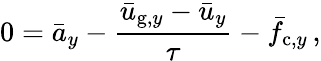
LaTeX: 0=\bar{a}_{y}-\frac{\bar{u}_{\mathrm{g},y}-\bar{u}_{y}}{\tau}-\bar{f}_{\mathrm{c},y}\, ,